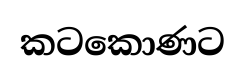
කටකොණට